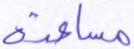
مساعدة